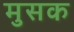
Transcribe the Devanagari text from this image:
मुसक